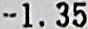
-1.35